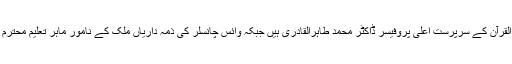
چیئرمین بورڈ آف گورنرز منہاج یونیورسٹی، تحریک منہاج القرآن کے سرپرست اعلیٰ پروفیسر ڈاکٹر محمد طاہرالقادری ہیں جبکہ وائس چانسلر کی ذمہ داریاں ملک کے نامور ماہر تعلیم محترم ڈاکٹر محمد نذیر رومانی باحسن خوبی سرانجام دے رہے ہیں۔